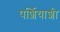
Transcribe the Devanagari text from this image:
पर्शियाशी